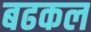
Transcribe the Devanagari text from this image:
बढकल